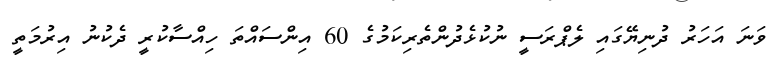
ވަނަ އަހަރު ދުނިޔޭގައި ލެޕްރަސީ ނުކުޅެދުންތެރިކަމުގެ 60 އިންސައްތަ ހިއްސާކުރީ ދެކުނު އިރުމަތީ